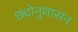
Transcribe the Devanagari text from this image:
छंदोनुशासन